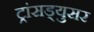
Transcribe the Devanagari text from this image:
ट्रांसड्युसर